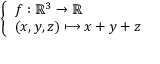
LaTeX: \left\{ \begin{array} { l l } { f : \mathbb { R } ^ { 3 } \to \mathbb { R } } \\ { ( x , y , z ) \longmapsto x + y + z } \end{array} \right.